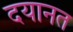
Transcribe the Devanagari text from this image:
दयानत